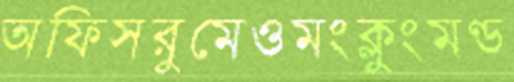
অফিসরুমেওমংক্লুংমণ্ড